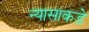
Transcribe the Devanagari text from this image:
न्यासाकडे